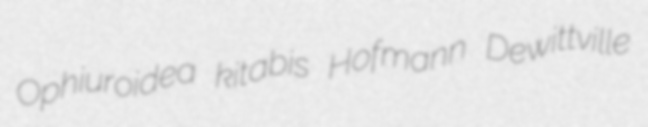
Ophiuroidea kitabis Hofmann Dewittville